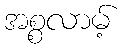
အစ္စလာမ့်